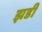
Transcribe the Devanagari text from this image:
झडी